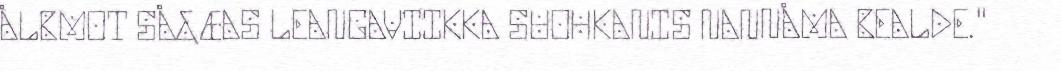
ÅLBMOT SÅ&ÆAS LEANGAVIIKKA SUOHKANIS NANNÅMA BEALDE."